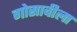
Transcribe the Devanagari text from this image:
गोसावीला